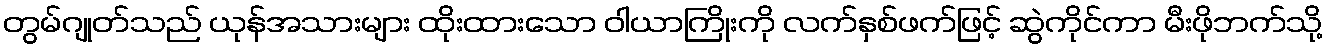
တွမ်ဂျုတ်သည် ယုန်အသားများ ထိုးထားသော ဝါယာကြိုးကို လက်နှစ်ဖက်ဖြင့် ဆွဲကိုင်ကာ မီးဖိုဘက်သို့